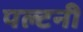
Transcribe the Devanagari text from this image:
पल्टनी